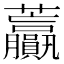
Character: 𧆍